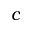
c